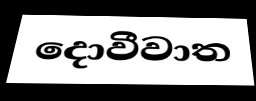
දොවීවාත